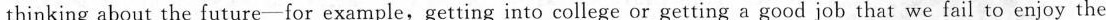
thinking about the future-for example,getting into college or getting a good job that we fail to enjoy the